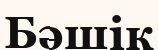
Бәшік